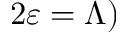
2 \varepsilon = \Lambda )